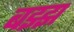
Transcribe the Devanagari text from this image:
बझ्झ